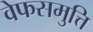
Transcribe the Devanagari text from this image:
वेफसमुत्ति